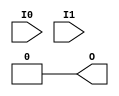
module CC_LUT2 (
	output O,
	input  I0, I1
);
	parameter [3:0] INIT = 0;
	wire [1:0] s1 = I1 ? INIT[3:2] : INIT[1:0];
	assign O = I0 ? s1[1] : s1[0];
endmodule